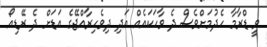
ވީ ޑްރާމާ ހެދުމަށްވެސް ދެ ވާހަކައެއް އަދި ދިވެހިރާއްޖޭގެ އަޑަށް ދެ ރޭޑިއޯ